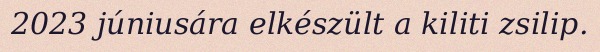
2023 júniusára elkészült a kiliti zsilip.